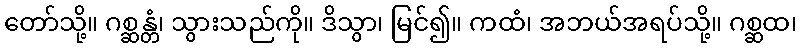
တော်သို့။ ဂစ္ဆန္တံ၊ သွားသည်ကို။ ဒိသွာ၊ မြင်၍။ ကထံ၊ အဘယ်အရပ်သို့။ ဂစ္ဆထ၊